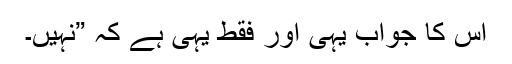
اس کا جواب یہی اور فقط یہی ہے کہ ”نہیں۔